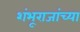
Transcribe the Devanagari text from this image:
शंभूराजांच्या